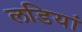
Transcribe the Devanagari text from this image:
लडियां